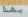
بهذا